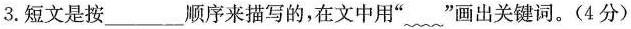
3.短文是按___顺序来描写的，在文中用””画出关键词。(4分)